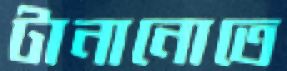
টানানোতে